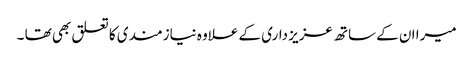
میرا ان کے ساتھ عزیز داری کے علاوہ نیازمندی کا تعلق بھی تھا ۔